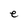
Character: e